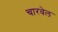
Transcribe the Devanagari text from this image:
चारवेल